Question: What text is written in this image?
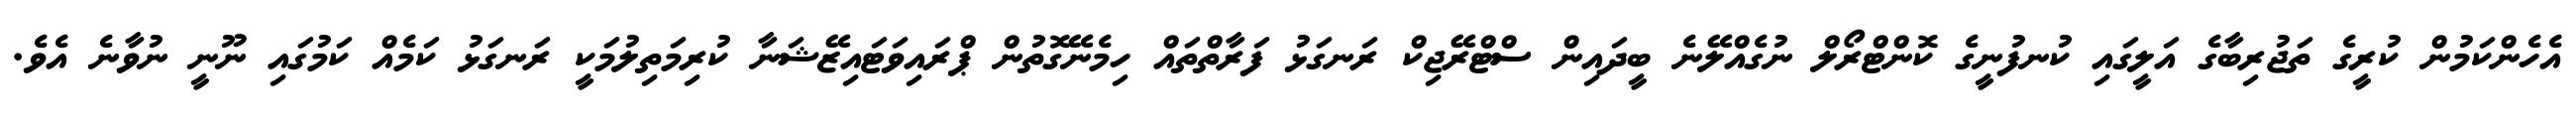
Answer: އެހެންކަމުން ކުރީގެ ތަޖުރިބާގެ އަލީގައި ކުނފުނީގެ ކޮންޓްރޯލް ނުގެއްލޭނެ ބީދައިން ސްޓްރޭޖިކް ރަނގަޅު ފަރާތްތައް ހިމެނޭގޮތުން ޕްރައިވަޓައިޒޭޝަނާ ކުރިމަތިލުމަކީ ރަނގަޅު ކަމެއް ކަމުގައި ނޫނީ ނުވާނެ އެވެ.